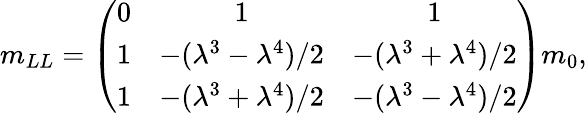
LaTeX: m_{LL}=\left(\begin{array}{ccc}{{0}}&{{1}}&{{1}}\\ {{1}}&{{-(\lambda^{3}-\lambda^{4})/2}}&{{-(\lambda^{3}+\lambda^{4})/2}}\\ {{1}}&{{-(\lambda^{3}+\lambda^{4})/2}}&{{-(\lambda^{3}-\lambda^{4})/2}}\end{array}\right)m_{0},